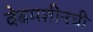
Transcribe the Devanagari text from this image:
वेबमशीनची